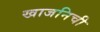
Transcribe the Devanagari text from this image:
खाजनिची